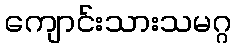
ကျောင်းသားသမဂ္ဂ